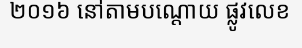
២០១៦ នៅតាមបណ្តោយ ផ្លូវលេខ